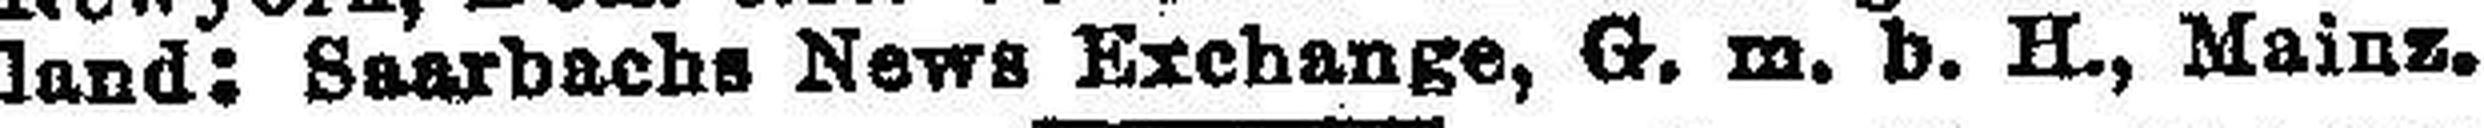
land: Saarbachs News Exchange, G. m. b. H., Mainz.